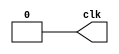
module Clock(clk);
output reg clk;

always 
begin

#100
clk = 1;
$display("\nClock: %b // Current Time: ",clk, $time);
#100
clk = 0;
$display("\nClock: %b // Current Time: ",clk, $time);
end
endmodule